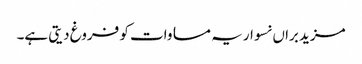
مزید براں نسوار یہ مساوات کو فروغ دیتی ہے۔